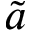
\tilde { a }